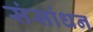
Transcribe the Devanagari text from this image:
संसांधन